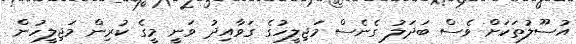
އުސޫލުތަކަށް ވެސް ބަދަލު ގެނެސް މަޖިލީހުގެ ގަވާއިދު ވަނީ މީގެ ކުރިން މަޖިލީހުން